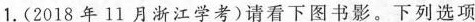
1.(2018年11月浙江学考)请看下图书影。下列选项